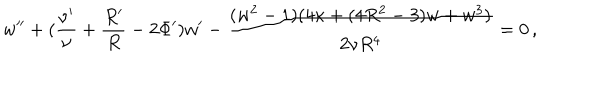
w ^ { \prime \prime } + ( \frac { \nu ^ { \prime } } { \nu } + \frac { R ^ { \prime } } { R } - 2 \Phi ^ { \prime } ) w ^ { \prime } - \frac { ( w ^ { 2 } - 1 ) ( 4 \kappa + ( 4 R ^ { 2 } - 3 ) w + w ^ { 3 } ) } { 2 \nu R ^ { 4 } } = 0 \, ,